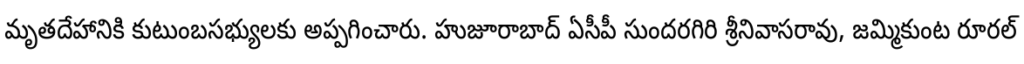
మృతదేహానికి కుటుంబసభ్యులకు అప్పగించారు. హుజూరాబాద్ ఏసీపీ సుందరగిరి శ్రీనివాసరావు, జమ్మికుంట రూరల్